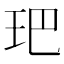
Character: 鿱